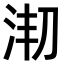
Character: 𣳱